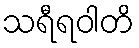
သရီရဝါတိ